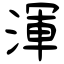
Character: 渾